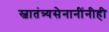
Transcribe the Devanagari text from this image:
स्वातंत्र्यसेनानींनीही